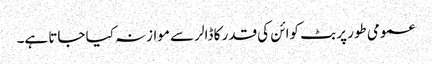
عمومی طور پر بٹ کوائن کی قدر کا ڈالر سے موازنہ کیا جاتا ہے۔